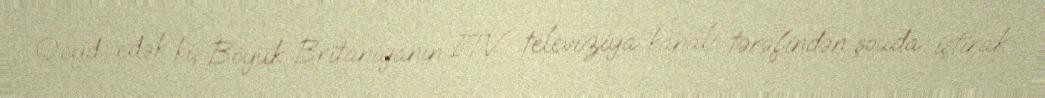
Qeyd edək ki, Böyük Britaniyanın İTV televiziya kanalı tərəfindən şouda iştirak